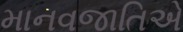
માનવજાતિએ